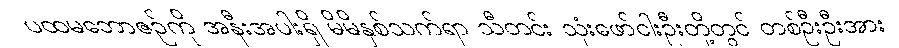
ပထမဘောဇဉ်ကို အနီးအပါးရှိ မိမိနှစ်သက်ရာ သီတင်း သုံးဖော်ငါးဦးတို့တွင် တစ်ဦးဦးအား